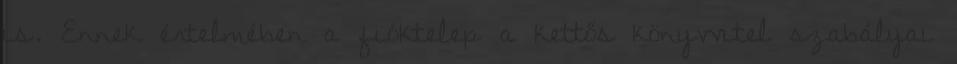
is. Ennek értelmében a fióktelep a kettős könyvvitel szabályai